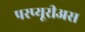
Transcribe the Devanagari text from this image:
परप्यूरीअस